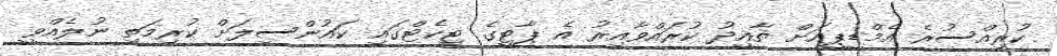
ކުރިއްސުރެ އެމްޑީޕީއަށް ތާއީދު ކުރައްވާއިރު އެ ޕާޓީގެ ޓިކެޓްގައި ކައުންސިލަށް ކުރިމަތި ނުލެއްވީ